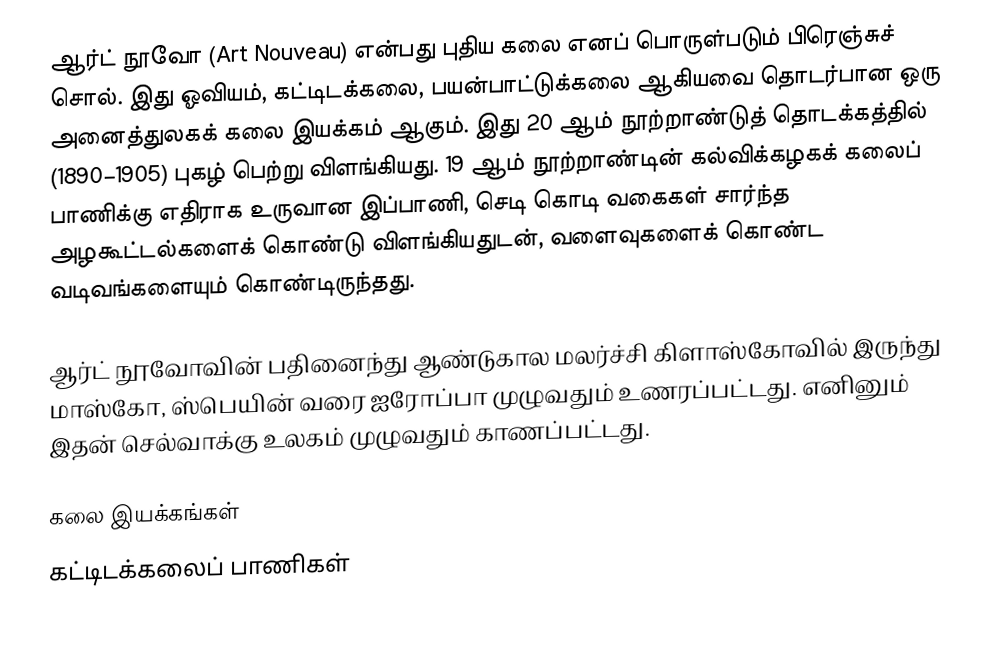
ஆர்ட் நூவோ (Art Nouveau) என்பது புதிய கலை எனப் பொருள்படும் பிரெஞ்சுச் சொல். இது ஓவியம், கட்டிடக்கலை, பயன்பாட்டுக்கலை ஆகியவை தொடர்பான ஒரு அனைத்துலகக் கலை இயக்கம் ஆகும். இது 20 ஆம் நூற்றாண்டுத் தொடக்கத்தில் (1890–1905) புகழ் பெற்று விளங்கியது. 19 ஆம் நூற்றாண்டின் கல்விக்கழகக் கலைப் பாணிக்கு எதிராக உருவான இப்பாணி, செடி கொடி வகைகள் சார்ந்த அழகூட்டல்களைக் கொண்டு விளங்கியதுடன், வளைவுகளைக் கொண்ட வடிவங்களையும் கொண்டிருந்தது.

ஆர்ட் நூவோவின் பதினைந்து ஆண்டுகால மலர்ச்சி கிளாஸ்கோவில் இருந்து மாஸ்கோ, ஸ்பெயின் வரை ஐரோப்பா முழுவதும் உணரப்பட்டது. எனினும் இதன் செல்வாக்கு உலகம் முழுவதும் காணப்பட்டது.

கலை இயக்கங்கள்
கட்டிடக்கலைப் பாணிகள்